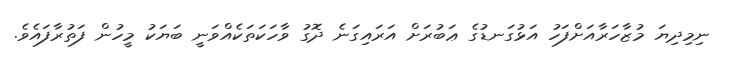
ނިމިދިޔަ މުޒާހަރާއަށްފަހު އަޅުގަނޑުގެ ޢަބުރަށް އަރައިގަނެ ދޮގު ވާހަކަަތަކެއްވަނީ ބަޔަކު މީހުން ފަތުރާފައެވެ.